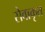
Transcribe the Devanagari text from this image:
सेवाकृत